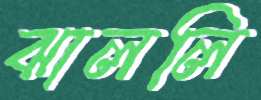
ঝাললি